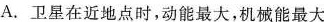
A.卫星在近地点时，动能最大，机械能最大